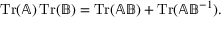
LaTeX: \operatorname { T r } ( \mathbb { A } ) \operatorname { T r } ( \mathbb { B } ) = \operatorname { T r } ( \mathbb { A } \mathbb { B } ) + \operatorname { T r } ( \mathbb { A } \mathbb { B } ^ { - 1 } ) .